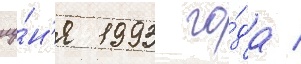
иу́н'я 1993 го́да /